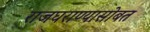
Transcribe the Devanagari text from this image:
राजघराण्यासोबत